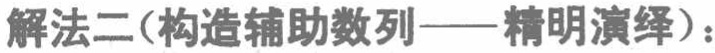
解法二(构造辅助数列——精明演绎)：